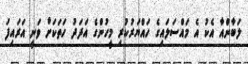
ލަބާންއާ އެކު އެ މައްސަލައިގެ ހައްޔަރުކުރި މީހުންގެ އަދަދު ހަތަކަށް ވަނީ އަރައިފަ